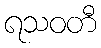
ရသဝတီ